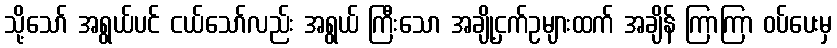
သို့သော် အရွယ်ပင် ငယ်သော်လည်း အရွယ် ကြီးသော အချို့ငှက်ဥများထက် အချိန် ကြာကြာ ဝပ်ပေးမှ